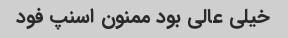
خیلی عالی بود ممنون اسنپ فود